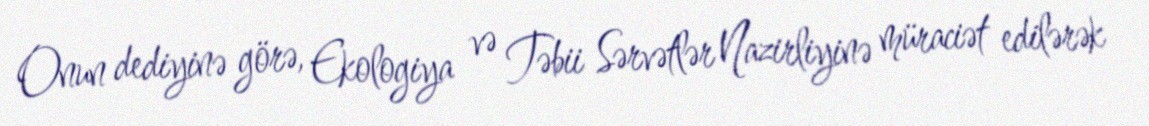
Onun dediyinə görə, Ekologiya və Təbii Sərvətlər Nazirliyinə müraciət edilərək